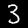
Label: 3